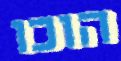
הוכו